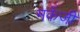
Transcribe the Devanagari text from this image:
मकेंजी